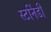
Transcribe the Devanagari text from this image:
स्टर्निडी